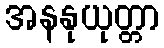
အနနုယုတ္တာ